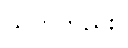
သုတ်တည်း။